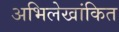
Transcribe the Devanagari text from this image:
अभिलेखांकित